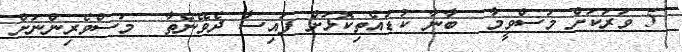
5 ވަރަކަށް މަސްވީމާ  ބާނާ ކުޑައެތިކޮޅަށް ފައިސާ ދެވޭނެތާ  މަސްވެރިންނަށް